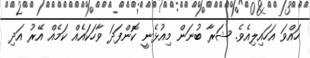
ހައްވަ އަހައިލިއެވެ. ޝަރާ ބުނަން މިއުޅެނީ ކޮންފަދަ ވާހަކައެއް ކަމެއް އޭރު އަދި